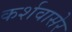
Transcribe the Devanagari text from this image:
कर्शवासेर